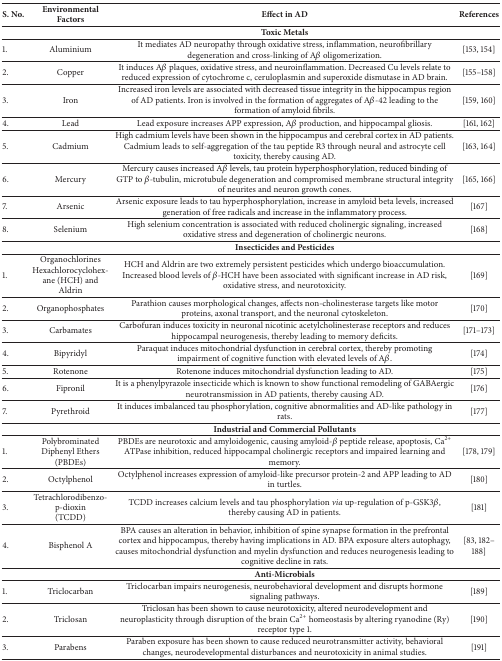
<table><thead><tr><td><b>S. No.</b></td><td><b>Environmental Factors</b></td><td><b>Effect in AD</b></td><td><b>References</b></td></tr></thead><tbody><tr><td> </td><td> </td><td><b>Toxic Metals</b></td><td> </td></tr><tr><td>1.</td><td>Aluminium</td><td>It mediates AD neuropathy through oxidative stress, inflammation, neurofibrillary degeneration and cross-linking of A<i>β</i> oligomerization.</td><td>[153, 154]</td></tr><tr><td>2.</td><td>Copper</td><td>It induces A<i>β</i> plaques, oxidative stress, and neuroinflammation. Decreased Cu levels relate to reduced expression of cytochrome c, ceruloplasmin and superoxide dismutase in AD brain.</td><td>[155–158]</td></tr><tr><td>3.</td><td>Iron</td><td>Increased iron levels are associated with decreased tissue integrity in the hippocampus region of AD patients. Iron is involved in the formation of aggregates of A<i>β</i>-42 leading to the formation of amyloid fibrils.</td><td>[159, 160]</td></tr><tr><td>4.</td><td>Lead</td><td>Lead exposure increases APP expression, A<i>β</i> production, and hippocampal gliosis.</td><td>[161, 162]</td></tr><tr><td>5.</td><td>Cadmium</td><td>High cadmium levels have been shown in the hippocampus and cerebral cortex in AD patients. Cadmium leads to self-aggregation of the tau peptide R3 through neural and astrocyte cell toxicity, thereby causing AD.</td><td>[163, 164]</td></tr><tr><td>6.</td><td>Mercury</td><td>Mercury causes increased A<i>β</i> levels, tau protein hyperphosphorylation, reduced binding of GTP to <i>β</i>-tubulin, microtubule degeneration and compromised membrane structural integrity of neurites and neuron growth cones.</td><td>[165, 166]</td></tr><tr><td>7.</td><td>Arsenic</td><td>Arsenic exposure leads to tau hyperphosphorylation, increase in amyloid beta levels, increased generation of free radicals and increase in the inflammatory process.</td><td>[167]</td></tr><tr><td>8.</td><td>Selenium</td><td>High selenium concentration is associated with reduced cholinergic signaling, increased oxidative stress and degeneration of cholinergic neurons.</td><td>[168]</td></tr><tr><td> </td><td> </td><td><b>Insecticides and Pesticides</b></td><td> </td></tr><tr><td>1.</td><td>Organochlorines Hexachlorocyclohexane (HCH) and Aldrin</td><td>HCH and Aldrin are two extremely persistent pesticides which undergo bioaccumulation. Increased blood levels of <i>β</i>-HCH have been associated with significant increase in AD risk, oxidative stress, and neurotoxicity.</td><td>[169]</td></tr><tr><td>2.</td><td>Organophosphates</td><td>Parathion causes morphological changes, affects non-cholinesterase targets like motor proteins, axonal transport, and the neuronal cytoskeleton.</td><td>[170]</td></tr><tr><td>3.</td><td>Carbamates</td><td>Carbofuran induces toxicity in neuronal nicotinic acetylcholinesterase receptors and reduces hippocampal neurogenesis, thereby leading to memory deficits.</td><td>[171–173]</td></tr><tr><td>4.</td><td>Bipyridyl</td><td>Paraquat induces mitochondrial dysfunction in cerebral cortex, thereby promoting impairment of cognitive function with elevated levels of A<i>β</i>.</td><td>[174]</td></tr><tr><td>5.</td><td>Rotenone</td><td>Rotenone induces mitochondrial dysfunction leading to AD.</td><td>[175]</td></tr><tr><td>6.</td><td>Fipronil</td><td>It is a phenylpyrazole insecticide which is known to show functional remodeling of GABAergic neurotransmission in AD patients, thereby causing AD.</td><td>[176]</td></tr><tr><td>7.</td><td>Pyrethroid</td><td>It induces imbalanced tau phosphorylation, cognitive abnormalities and AD-like pathology in rats.</td><td>[177]</td></tr><tr><td> </td><td> </td><td><b>Industrial and Commercial Pollutants</b></td><td> </td></tr><tr><td>1.</td><td>Polybrominated Diphenyl Ethers (PBDEs)</td><td>PBDEs are neurotoxic and amyloidogenic, causing amyloid-<i>β</i> peptide release, apoptosis, Ca<sup>2+</sup> ATPase inhibition, reduced hippocampal cholinergic receptors and impaired learning and memory.</td><td>[178, 179]</td></tr><tr><td>2.</td><td>Octylphenol</td><td>Octylphenol increases expression of amyloid-like precursor protein-2 and APP leading to AD in turtles.</td><td>[180]</td></tr><tr><td>3.</td><td>Tetrachlorodibenzo-p-dioxin (TCDD)</td><td>TCDD increases calcium levels and tau phosphorylation <i>via</i> up-regulation of p-GSK3<i>β</i>, thereby causing AD in patients.</td><td>[181]</td></tr><tr><td>4.</td><td>Bisphenol A</td><td>BPA causes an alteration in behavior, inhibition of spine synapse formation in the prefrontal cortex and hippocampus, thereby having implications in AD. BPA exposure alters autophagy, causes mitochondrial dysfunction and myelin dysfunction and reduces neurogenesis leading to cognitive decline in rats.</td><td>[83, 182–188]</td></tr><tr><td> </td><td> </td><td><b>Anti-Microbials</b></td><td> </td></tr><tr><td>1.</td><td>Triclocarban</td><td>Triclocarban impairs neurogenesis, neurobehavioral development and disrupts hormone signaling pathways.</td><td>[189]</td></tr><tr><td>2.</td><td>Triclosan</td><td>Triclosan has been shown to cause neurotoxicity, altered neurodevelopment and neuroplasticity through disruption of the brain Ca<sup>2+</sup> homeostasis by altering ryanodine (Ry) receptor type 1.</td><td>[190]</td></tr><tr><td>3.</td><td>Parabens</td><td>Paraben exposure has been shown to cause reduced neurotransmitter activity, behavioral changes, neurodevelopmental disturbances and neurotoxicity in animal studies.</td><td>[191]</td></tr></tbody></table>